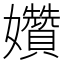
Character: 㜺